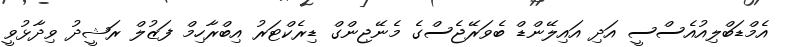
އެމްޑަބްލިއުއެސްސީ އަދި އައިލޭންޑް ބެވަރޭޖެސްގެ މެނޭޖިންގް ޑިރެކްޓަރު އިބްރާހިމް ފަޒުލް ރަޝީދު ވިދާޅުވީ